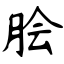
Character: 脍